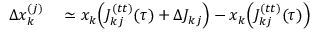
\begin{array} { r l } { \Delta x _ { k } ^ { ( j ) } } & { { } \simeq x _ { k } \Big ( J _ { k j } ^ { ( t t ) } ( \tau ) + \Delta J _ { k j } \Big ) - x _ { k } \Big ( J _ { k j } ^ { ( t t ) } ( \tau ) \Big ) } \end{array}